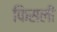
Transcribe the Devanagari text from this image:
फिसली